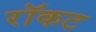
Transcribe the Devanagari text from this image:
रॉकट